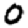
Digit: 0